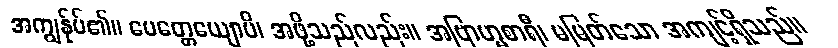
အကျွန်ုပ်၏။ ပေတ္တေယျောပိ၊ အဖို့သည်လည်း။ အဗြာဟ္မစာရီ၊ မမြတ်သော အကျင့်ရှိသည်။